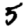
Digit: 5